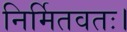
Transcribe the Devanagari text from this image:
निर्मितवतः।